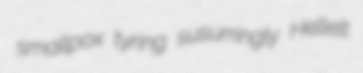
smallpox tyring susurringly Hellelt